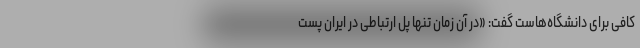
کافی برای دانشگاه‌هاست گفت: «در آن زمان تنها پل ارتباطی در ایران پست